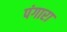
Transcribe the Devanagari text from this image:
पंगारा